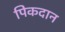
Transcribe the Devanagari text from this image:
पिकदान